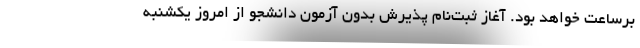
برساعت خواهد بود. آغاز ثبت‌نام پذیرش بدون آزمون دانشجو از امروز یکشنبه